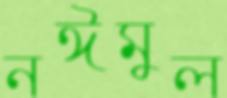
নঈমুল